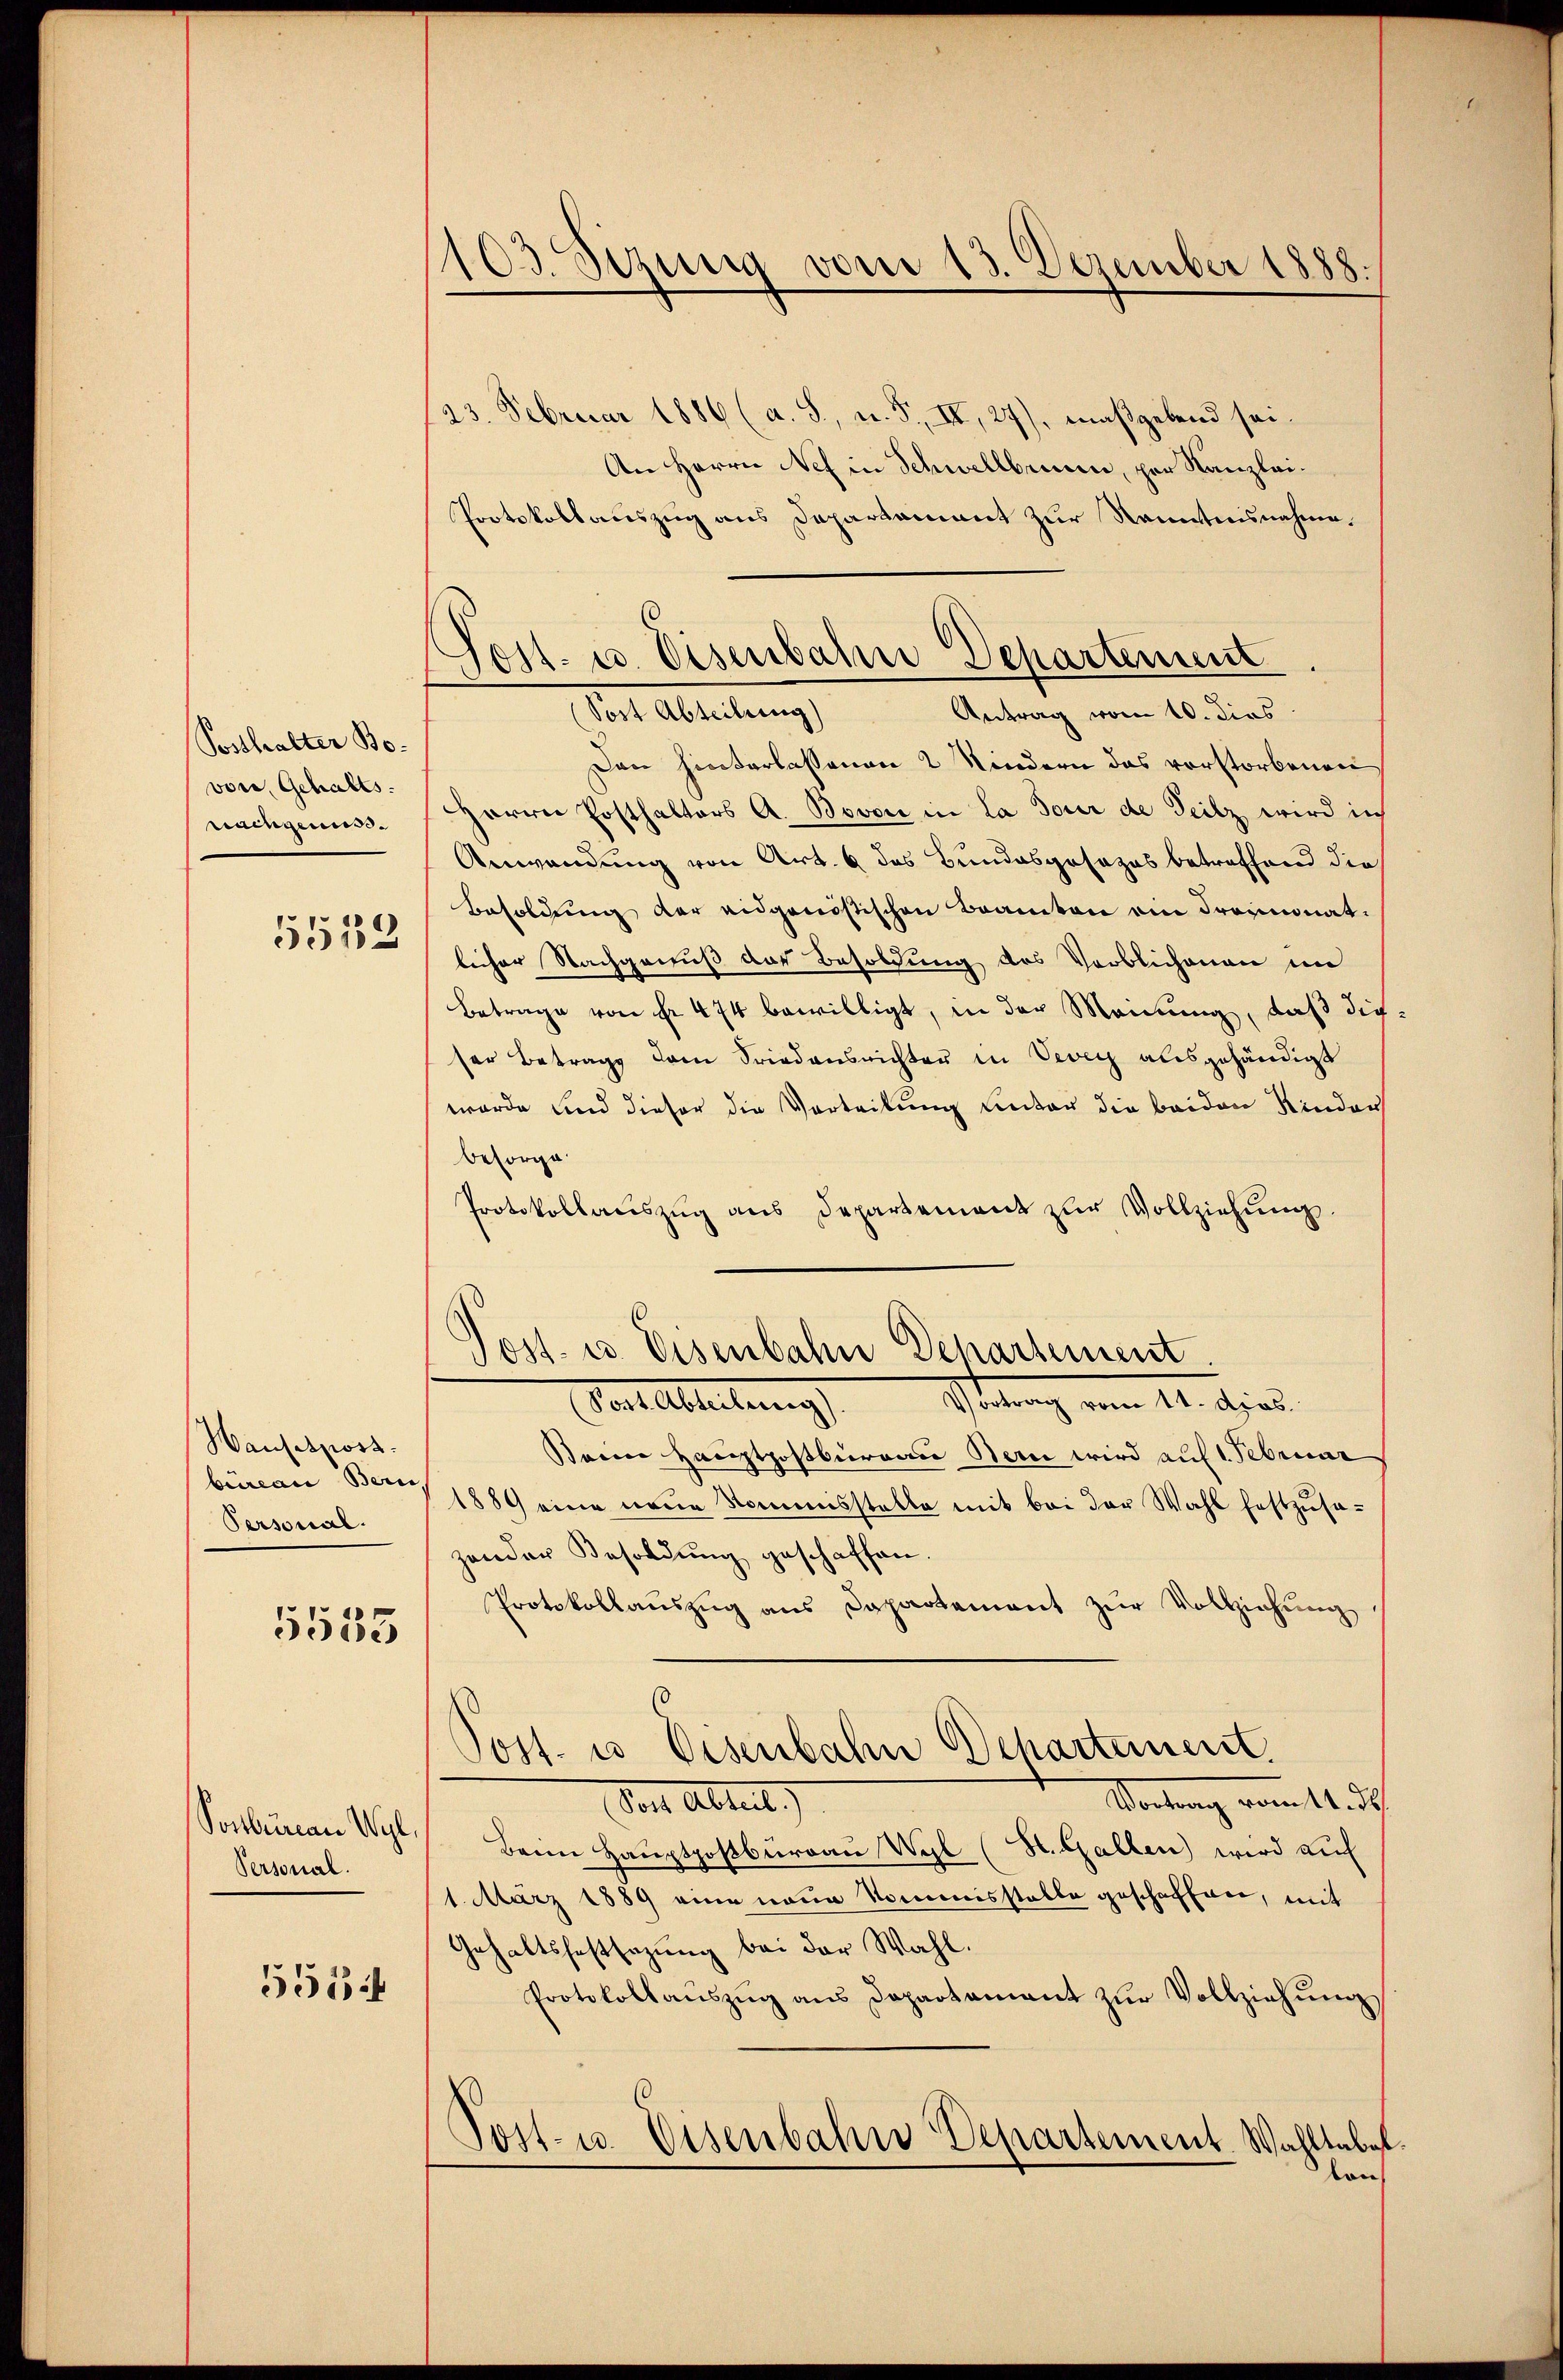
Posthalter Bovon Gehalts.
nachgenuss.
5539

Hansetpost.
büreau Bern,
Personal

5533

Postburau Wyl,
Personal.
5554

103. Sizung vom 13. Dezember 1888.

Post- u. Eisenbahn Departement
(Sost Abteilung)
Antrag vom 10. dies

23. Februar 1886 (a. S., n. F. II, 27), maßgebend sei¬
An Herrn Nef in Schwellbrunn, per Kanzlei¬
Protokollauszug aus Departament zur Kenntnisnahme.
Den hinterlassenen 2 Kindern das vorstorbenen
HHerrn Posthalters A. Bovon in la Tour de Teilz wird ich
Anwendung von Art. 6 das Bundesgesezes betreffend die
Besoldung der eidgenössischen Beamten ein Freimonat.
licher Nachgenuß das Besoldung des Verblichenen im
Betrage von fr 474 bewilligt, in der Mannung, daß die
ser Betrags dem Friedensrichter in Vevey ausgehändigt
wurde und dieser die Vertribung unter die beiden Kinder
besorge
Protokollauszug aus Departement zur Vollziehung.
Post- u. Eisenbahn Departement
Calableitung        Stelung vom 14. dies
Seine Hauptpostbureau Bern wird auf 1 Februar
1889 eine neue Namensstatte mit bei der Wahl festzusazander Besoldŭng geschaffen.
Protokollaŭszŭg ans Dapartement zŭr Vollziehung
Post- u Eisenbahn Departement.
Wortung vom 14. des
Sont Abteil)
Beim Hauptpostbureau Wyl (St. Gallen) wird auf
1. März 1889 eine neue Kommisstelle geschaffen, mit
Gehaltshaftsagung bei der Wahl.
Protokollaŭszŭg ans Departament zŭr Vollziehŭng
Post- u. Eisenbahre Departement. Wahltabel
ton